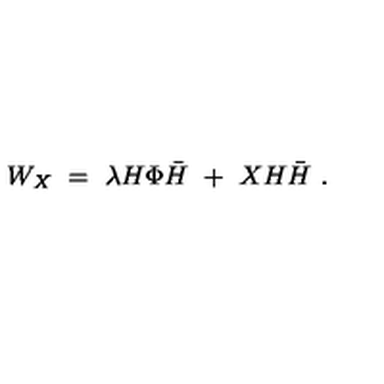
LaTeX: W _ { X } \ = \ \lambda H \Phi { \bar { H } } \ + \ X H { \bar { H } } \ .